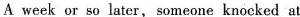
A week or so later, someone knocked at